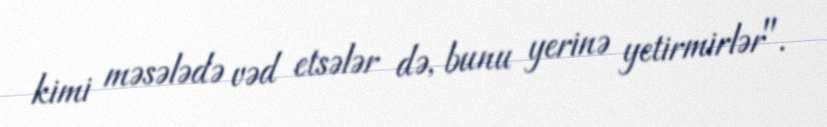
kimi məsələdə vəd etsələr də, bunu yerinə yetirmirlər".